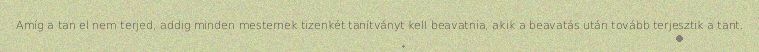
Amíg a tan el nem terjed, addig minden mesternek tizenkét tanítványt kell beavatnia, akik a beavatás után tovább terjesztik a tant.